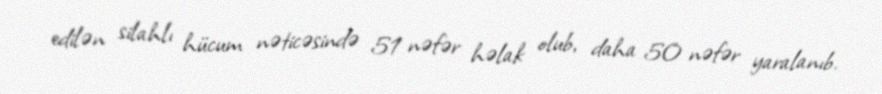
edilən silahlı hücum nəticəsində 51 nəfər həlak olub, daha 50 nəfər yaralanıb.